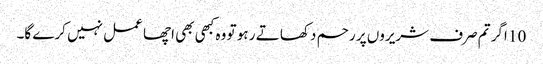
10 اگر تم صرف شریروں پر رحم دکھا تے ر ہو تو وہ کبھی بھی اچھا عمل نہیں کرے گا۔